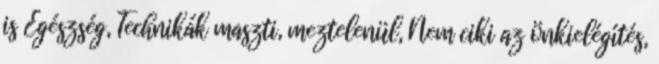
is Egészség, Technikák maszti, meztelenül, Nem ciki az önkielégítés,